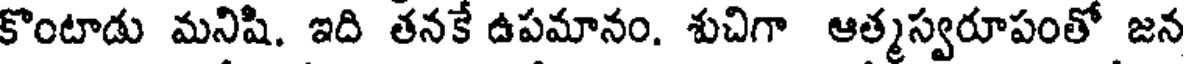
కొంటాడు మనిషి. ఇది తనకే ఉపమానం. శుచిగా ఆత్మస్వరూపంతో జన